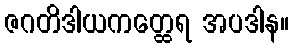
ဇဂတိဒါယကတ္ထေရ အပဒါန။